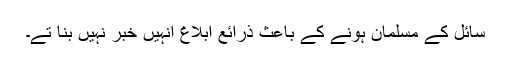
سائل کے مسلمان ہونے کے باعث ذرائع ابلاغ انہیں خبر نہیں بنا تے۔